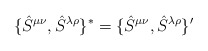
\begin{align*}\{\hat{S}^{\mu \nu }, \hat{S}^{\lambda \rho }\}^*=\{\hat{S}^{\mu \nu }, \hat{S}^{\lambda \rho }\}'\end{align*}